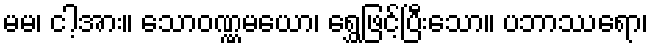
မမ၊ ငါ့အား။ သောဝဏ္ဏမယော၊ ရွှေဖြင့်ပြီးသော။ ပဘာဿရော၊